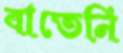
বাতেনি